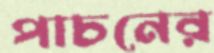
পাচনের